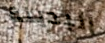
البدينة